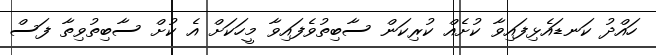
ހައްދު ކަނޑައެޅިފައިވާ ކުށެއް ކުރިކަން ސާބިތުވެފައިވާ މީހަކަށް އެ ކުށް ސާބިތުވިތާ ފަސް